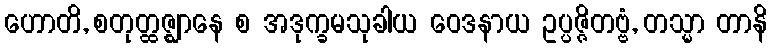
ဟောတိ, စတုတ္ထဇ္ဈာနေ စ အဒုက္ခမသုခါယ ဝေဒနာယ ဥပ္ပဇ္ဇိတဗ္ဗံ, တသ္မာ တာနိ